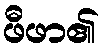
ဖီဖာ၏